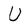
Character: U